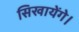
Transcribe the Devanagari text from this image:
सिखायेंगे।